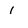
Character: 1